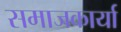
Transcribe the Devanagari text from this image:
समाजकार्या